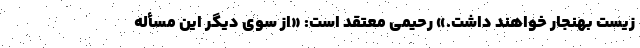
زیست بهنجار خواهند داشت.» رحیمی معتقد است: «از سوی دیگر این مسأله